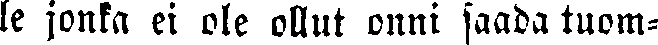
le jonka ei ole ollut onni saada tuom-